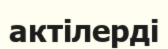
актілерді